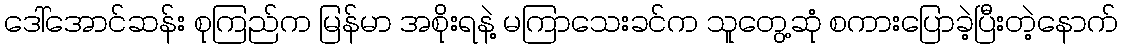
ဒေါ်အောင်ဆန်း စုကြည်က မြန်မာ အစိုးရနဲ့ မကြာသေးခင်က သူတွေ့ဆုံ စကားပြောခဲ့ပြီးတဲ့နောက်